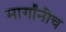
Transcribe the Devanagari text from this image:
मार्गांनीच